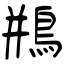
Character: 鵧